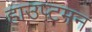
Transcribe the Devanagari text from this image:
हाउप्टमन